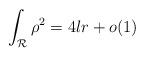
LaTeX: \begin{align*} \int_{\mathcal{R}}\rho^2 =4lr +o(1) \end{align*}